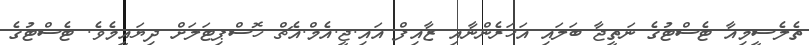
ތެލެސީމިއާ ޓެސްޓުގެ ނަތީޖާ ބަލައި އަހަރެންނާއި ޒާއިފް އައި.ޖީ.އެމް.އެޗް ހޮސްޕިޓަލަށް ދިޔައީމެވެ. ޓެސްޓުގެ